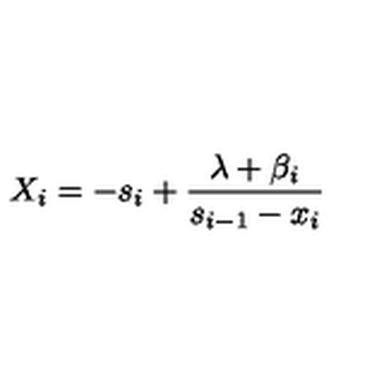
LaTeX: X _ { i } = - s _ { i } + \frac { \lambda + \beta _ { i } } { s _ { i - 1 } - x _ { i } } \,